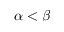
\alpha < \beta